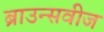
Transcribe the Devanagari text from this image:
ब्राउन्सवीज